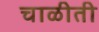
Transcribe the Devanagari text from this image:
चाळीती